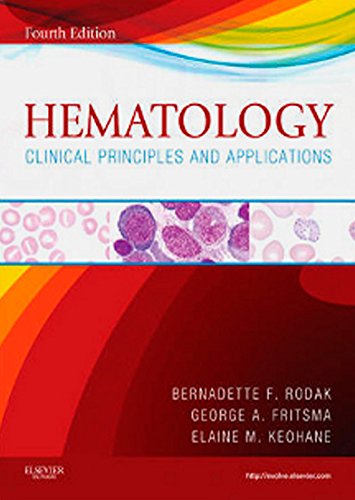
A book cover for Hematology: Clinical Principles and Applications, 4e; Bernadette F. Rodak MS  MLS; Medical Books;